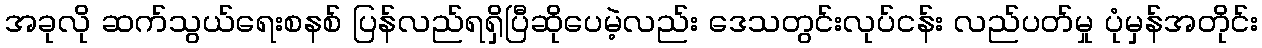
အခုလို ဆက်သွယ်ရေးစနစ် ပြန်လည်ရရှိပြီဆိုပေမဲ့လည်း ဒေသတွင်းလုပ်ငန်း လည်ပတ်မှု ပုံမှန်အတိုင်း